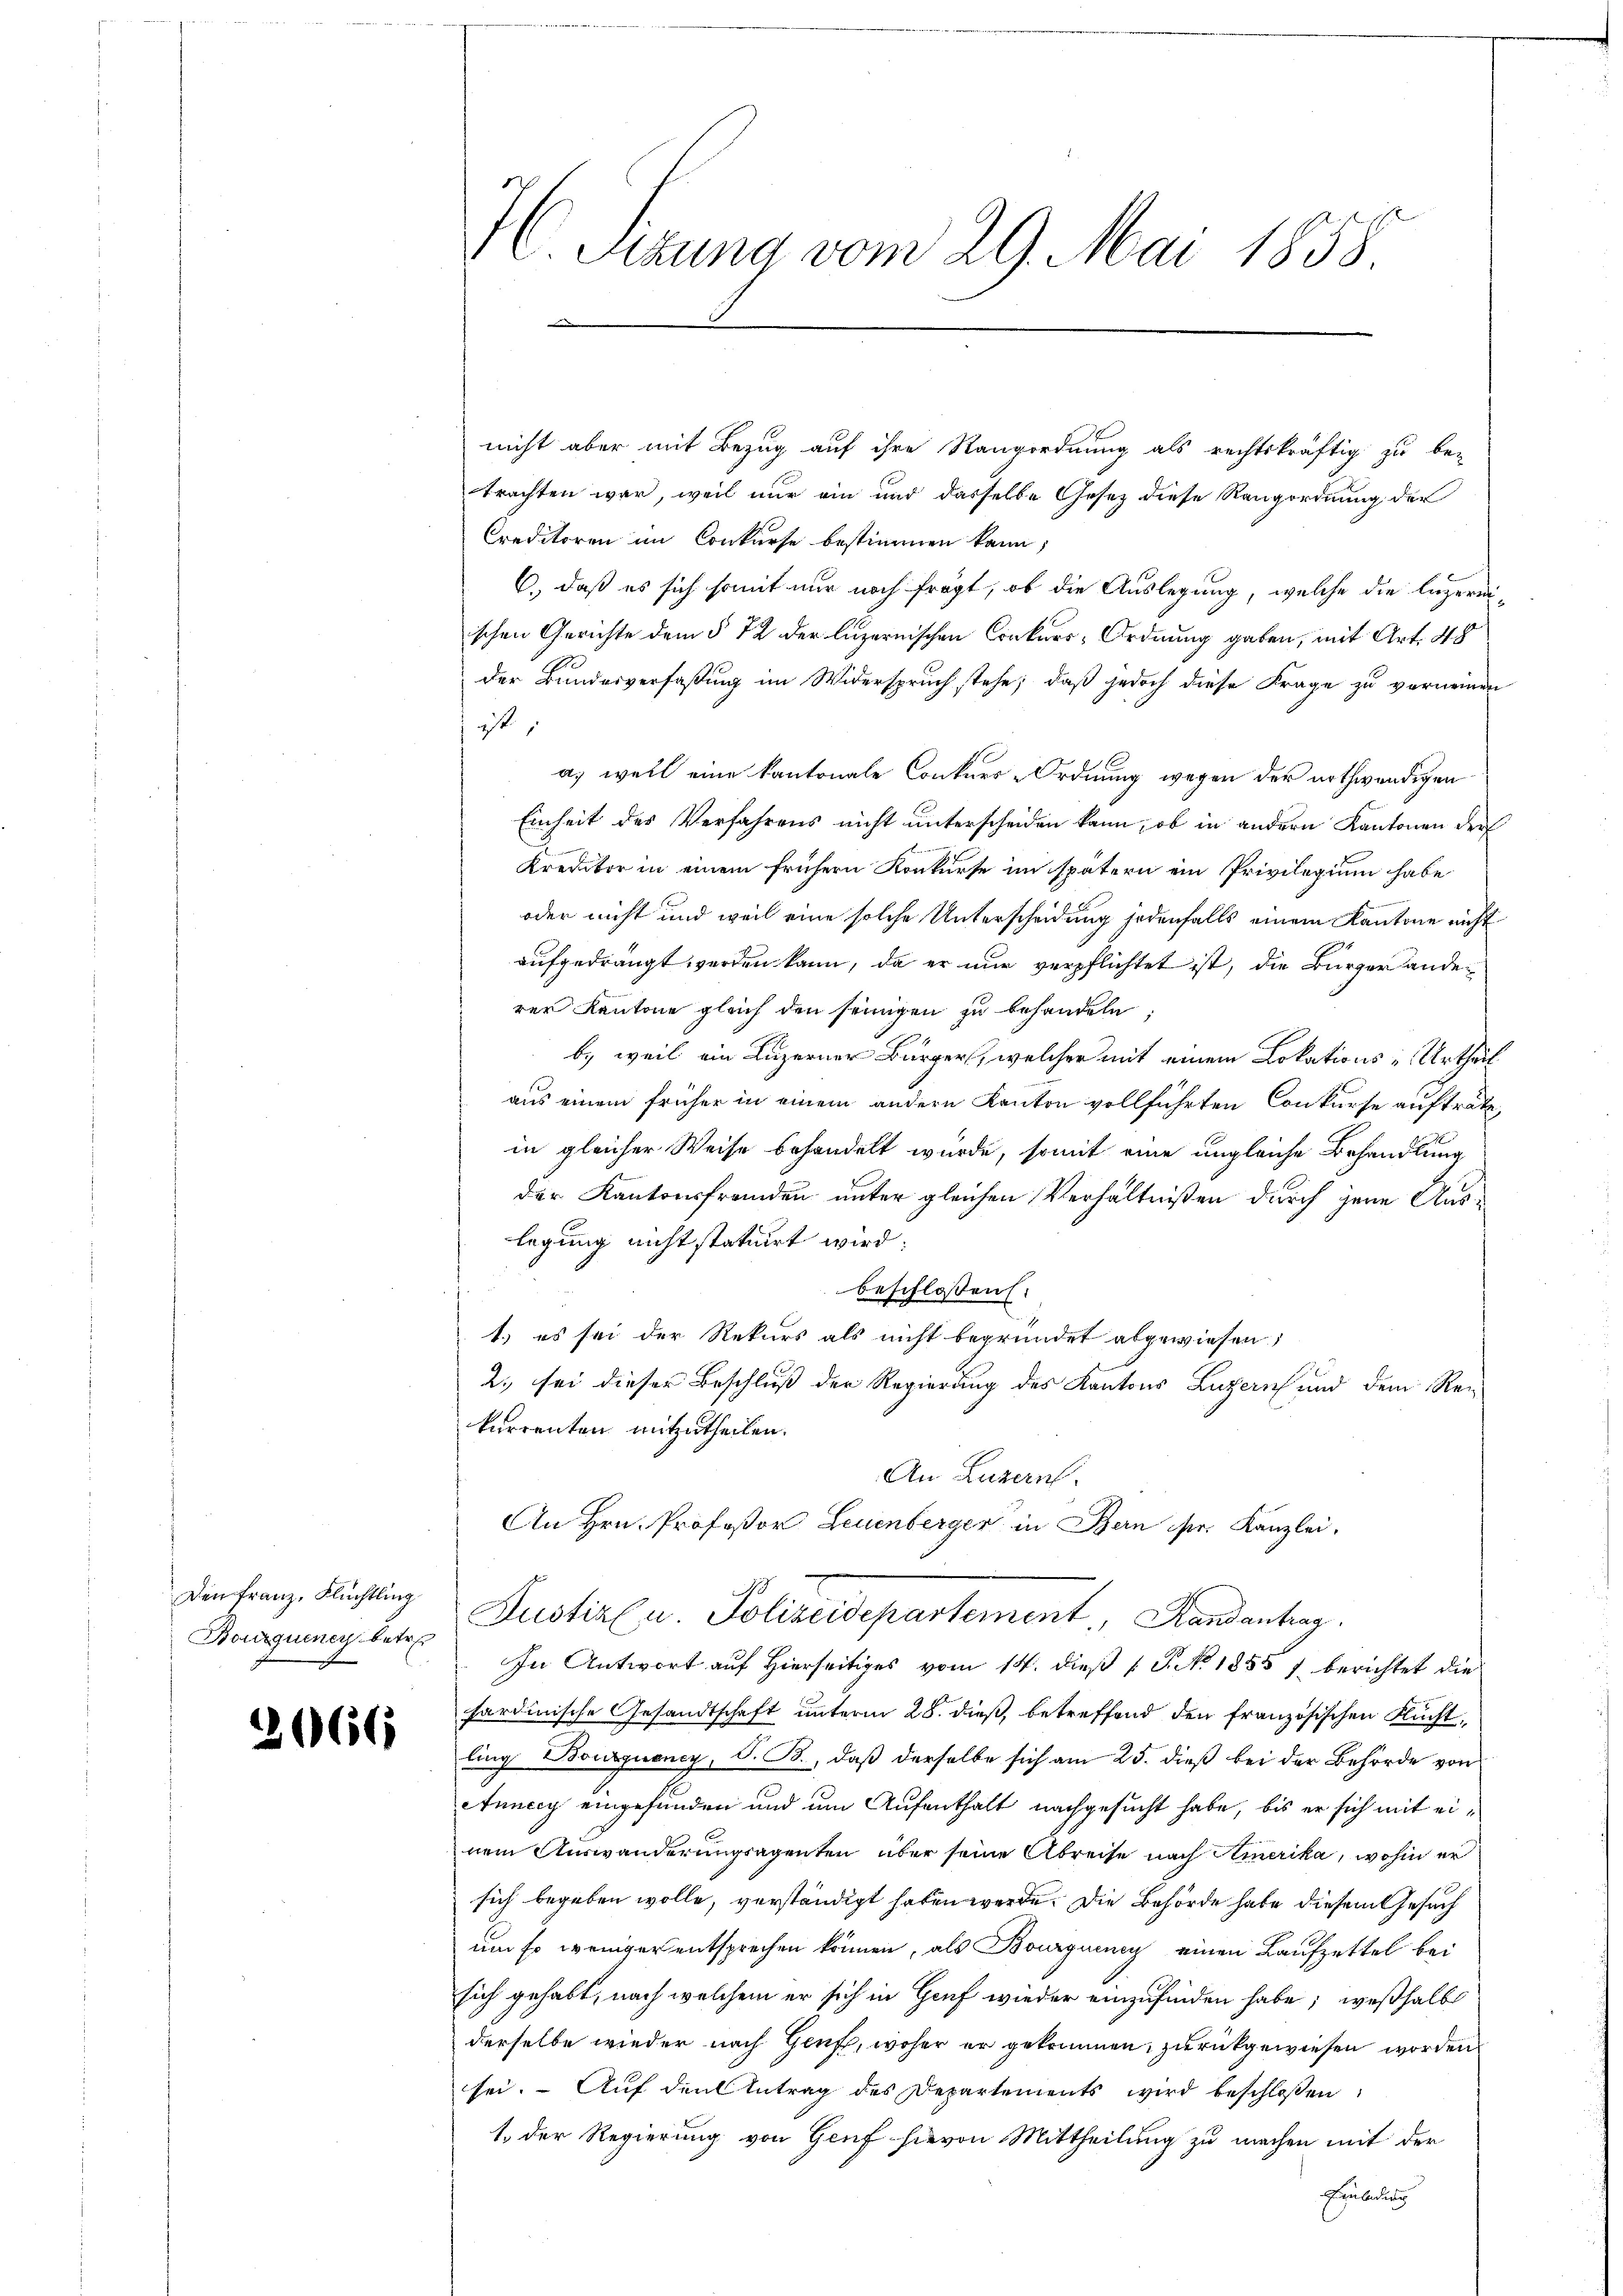
Den Franz, Flüchtling
Bourquiner betret

¬

2166

I Sizung vom 29. Mai 1858.

nicht aber mit Bezug auf ihre Rangordnung als rechtskräftig zu be-
trachten war, weil nur ein und dasselbe Gesez diese Rangordnung der
Creditoren im Conkurse bestimmen kann;
C.) daß es sich somit nur noch fragt, ob die Auslegung, welche die Luzern
ischen Gerichte dem § 72 der luzernischen Conkurs-Ordnung gaben, mit Art. 48
der Bundesverfaßung im Widerspruch stehe; daß jedoch diese Frage zu vorneinen
ist,
a. weil eine kantonale Conkurs-Ordnung wegen der nothwendigen
Einheit des Verfahrens nicht unterscheiden kann, ob in andern Kantonen der
Kreditor in einem frühern Konkurse im spätern ein Privilegium habe
oder nicht und weil eine solche Unterscheidung jedenfalls einem Kantone nicht
aufgedrängt werden kann, da er nur verpflichtet ist, die Bürger anderer Kantone gleich den seinigen zu behandeln
b) weil ein Luzerner Bürger, welcher mit einem Lokations und Urtheil
aus einem früher in einem andern Kanton vollführten Conkurse aufträte,
in gleicher Weise behandelt wurde, somit eine ungleiche Behandlung
der Kantonsfremden unter gleichen Verhältnißen durch jene Auslegung nicht statuirt wird;
beschloßen:
1.) es sei der Rekurs als nicht begründet abgewiesen;
2., sei dieser Beschluß der Regierung des Kantons Luzern und dem Rekurrenten mitzutheilen.
An Luzern.
An Hrn. Professor Leuenberger in Bern ser Kanzlei,
Justiz u. Polizeidepartement, Randantrag
In Antwort auf Hierseitiges vom 14. dieß 1 S. No. 1855 1 berichtet die
sardinische Gesandtschaft unterm 28. dieß, betreffend den französischen Fluchtling Bouquency, V. B., daß derselbe sich am 25. dieß bei der Behörde von
Auncey eingefunden und um Aufenthalt nachgesucht habe, bis er sich mit einem Auswanderungsagenten aber seine Abreise nach Amerika, wohin er
sich begeben wolle, verständigt haben werde. Die Behörde habe diesem Gesuch
um so weniger entsprechen können, als Bourgnung einen Laufzettel bei
sich gehabt, nach welchem er sich in Genf wieder einzufinden habe; weßhalb
derselbe wieder nach Genf, woher er gekommen, zurückgewiesen worden
sei. Auf den Antrag des Departements wird beschlossen:
1. Der Regierung von Genf hievon Mittheilung zu machen mit der
Ezuladen